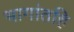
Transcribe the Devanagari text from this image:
भागांतहि